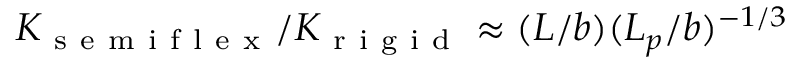
K _ { \mathrm { ~ s ~ e ~ m ~ i ~ f ~ l ~ e ~ x ~ } } / K _ { \mathrm { ~ r ~ i ~ g ~ i ~ d ~ } } \approx ( L / b ) ( L _ { p } / b ) ^ { - 1 / 3 }